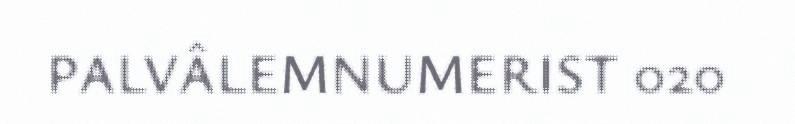
PALVÂLEMNUMERIST 020